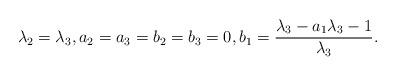
\begin{align*} \lambda_2=\lambda_3, a_2=a_3=b_2=b_3=0, b_1=\frac{\lambda_3-a_1\lambda_3-1}{\lambda_3}.\end{align*}